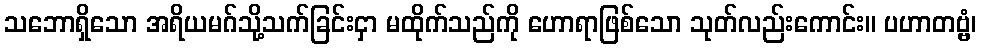
သဘောရှိသော အရိယမဂ်သို့သက်ခြင်းငှာ မထိုက်သည်ကို ဟောရာဖြစ်သော သုတ်လည်းကောင်း။ ပဟာတဗ္ဗံ၊